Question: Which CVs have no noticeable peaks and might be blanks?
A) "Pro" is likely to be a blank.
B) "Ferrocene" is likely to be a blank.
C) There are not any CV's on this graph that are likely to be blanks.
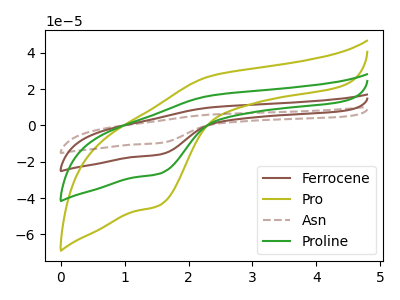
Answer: <think>The brown curve "Ferrocene" has an anodic peak at (2.35V, 32.95uA) and a cathodic peak at (1.55V, -53.20uA). The olive curve "Pro" has an anodic peak at (2.35V, 27.30uA) and a cathodic peak at (1.55V, -44.05uA). The brown dashed curve "Asn" has an anodic peak at (2.35V, 49.45uA) and a cathodic peak at (1.55V, -79.85uA). The green curve "Proline" has an anodic peak at (2.35V, 16.50uA) and a cathodic peak at (1.55V, -26.60uA).</think>
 <answer>C) There are not any CV's on this graph that are likely to be blanks.</answer>
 <eval>C</eval>